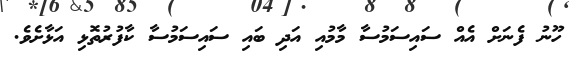
ހޫނު ފެނަށް އެއް ސައިސަމުސާ މާމުއި އަދި ބައި ސައިސަމުސާ ކާފުރުތޮޅި އަޅާށެވެ.